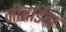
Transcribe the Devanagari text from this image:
नीबर्डिंग